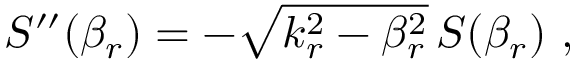
S ^ { \prime \prime } ( \beta _ { r } ) = - \sqrt { k _ { r } ^ { 2 } - \beta _ { r } ^ { 2 } } \, S ( \beta _ { r } ) \, \, ,